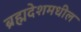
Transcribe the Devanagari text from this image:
ब्रह्मदेशमधील